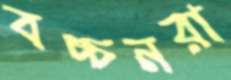
বচ্চনরা